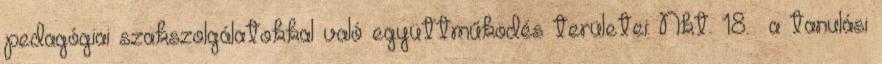
pedagógiai szakszolgálatokkal való együttműködés területei: Nkt. 18.§ a tanulási